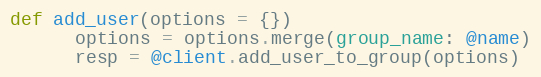
Language: Ruby
def add_user(options = {})
      options = options.merge(group_name: @name)
      resp = @client.add_user_to_group(options)